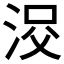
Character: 𱦠